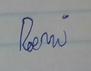
Signature authenticity: forged